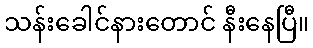
သန်းခေါင်နားတောင် နီးနေပြီ။